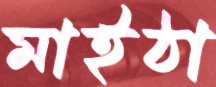
মাইঠা